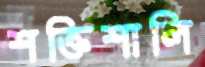
শক্তিশালি